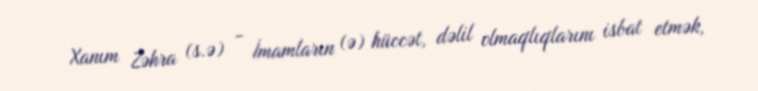
Xanım Zəhra (s.ə) - İmamların (ə) hüccət, dəlil olmaqlıqlarını isbat etmək,